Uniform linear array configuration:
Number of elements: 48
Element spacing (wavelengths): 0.75
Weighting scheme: hamming
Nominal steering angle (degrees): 60
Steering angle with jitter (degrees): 61.08
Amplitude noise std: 0.05
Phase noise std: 0.05

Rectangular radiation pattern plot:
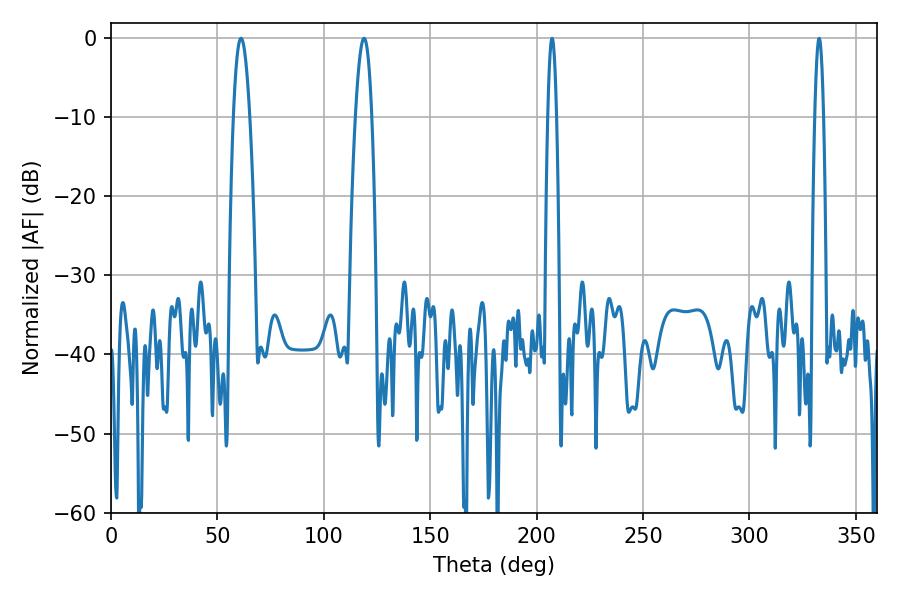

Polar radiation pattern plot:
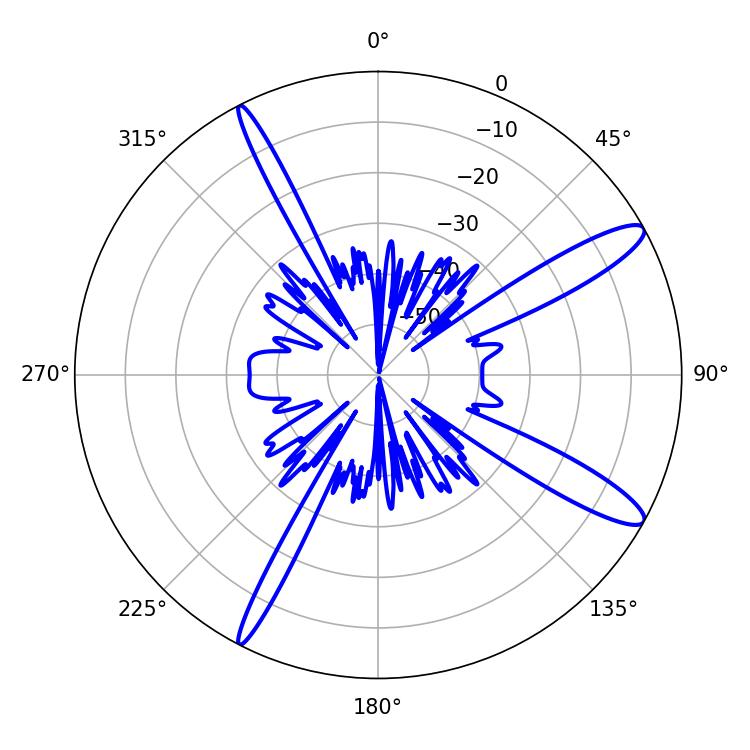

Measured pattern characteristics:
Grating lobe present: TRUE
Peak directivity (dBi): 12.978
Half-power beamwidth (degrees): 4.14
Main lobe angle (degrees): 61.02